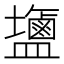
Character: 䀋